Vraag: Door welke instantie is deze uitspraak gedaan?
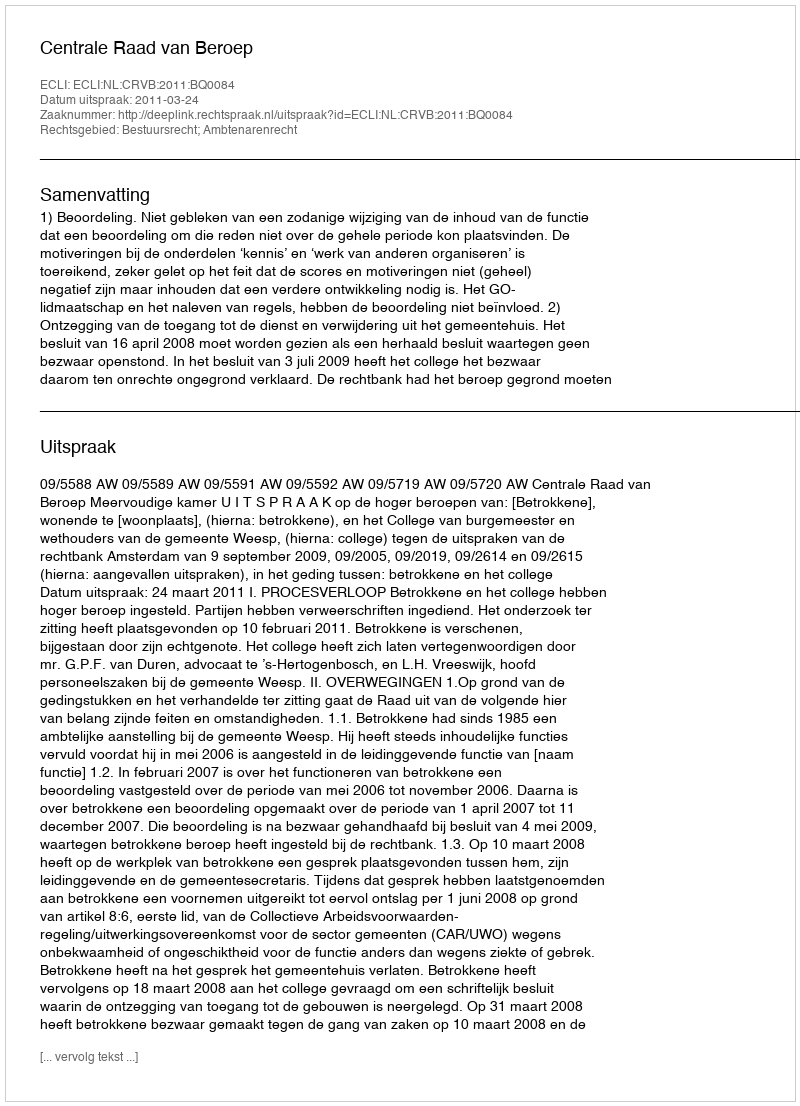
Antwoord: Centrale Raad van Beroep